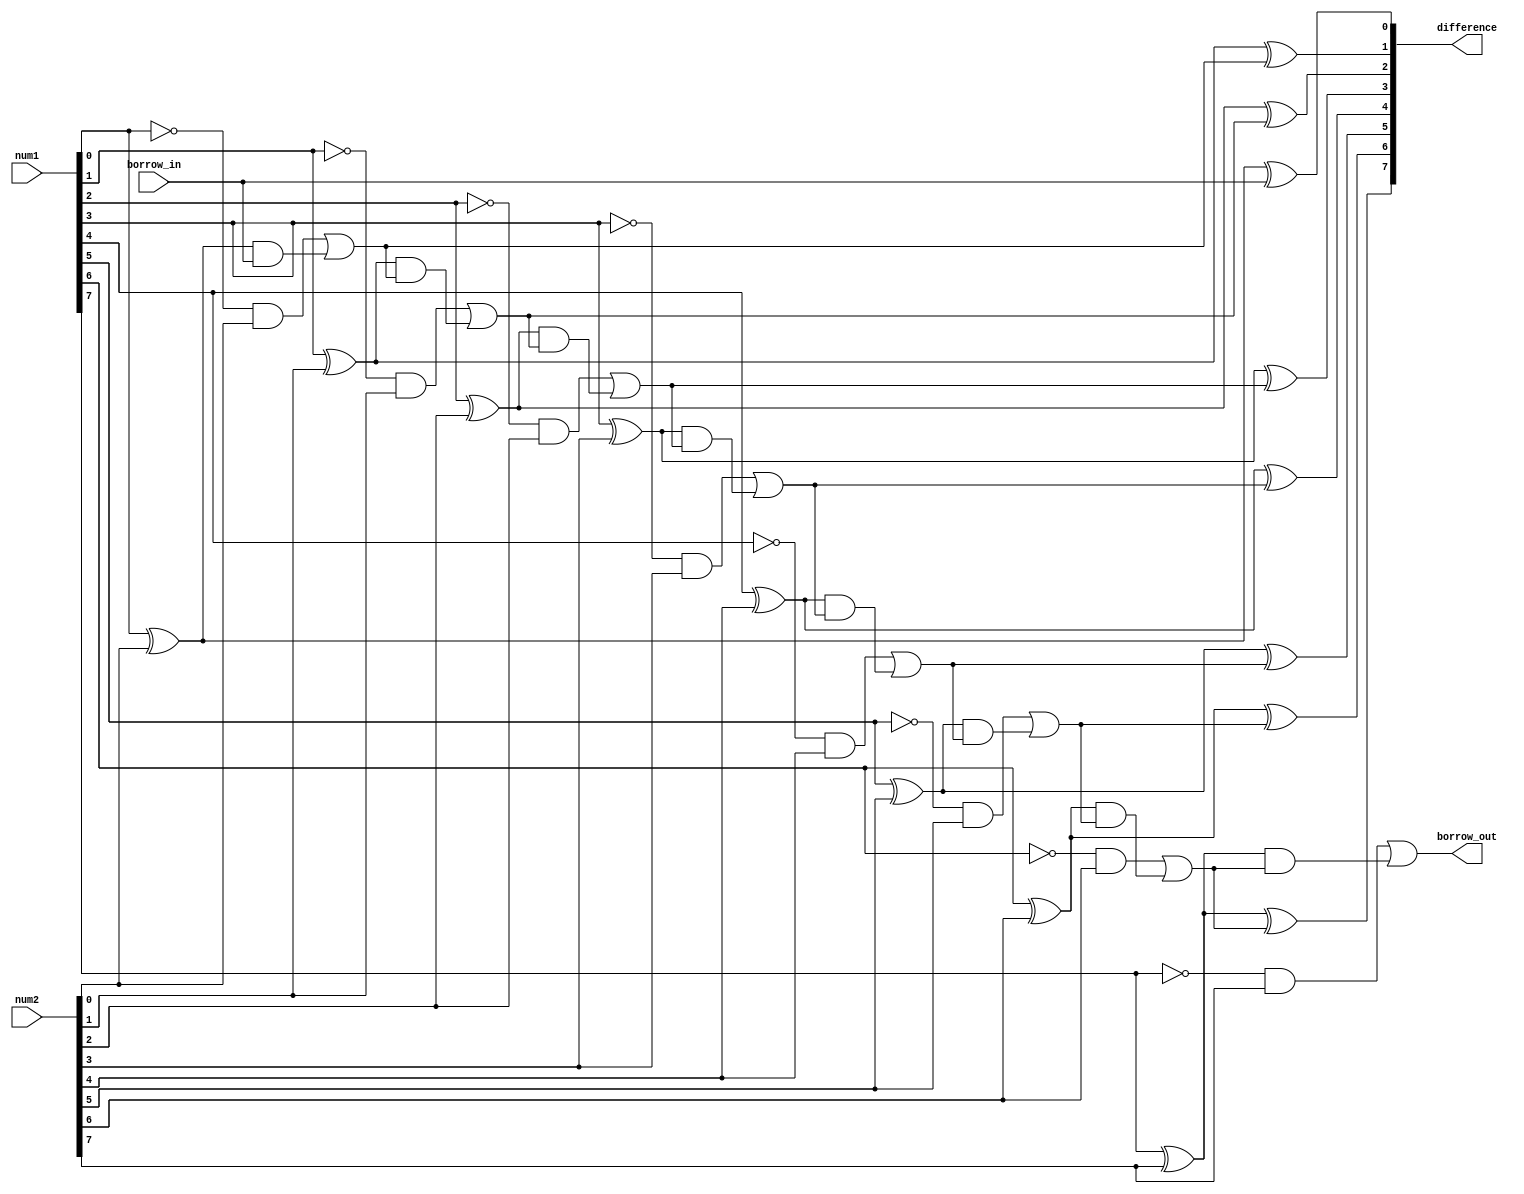
module ripple_carry_subtractor (
    input wire [7:0] num1,
    input wire [7:0] num2,
    input wire borrow_in,
    output wire [7:0] difference,
    output wire borrow_out
);

wire [7:0] diff_temp;
wire [7:0] borrow_temp;

assign diff_temp[0] = num1[0] ^ num2[0] ^ borrow_in;
assign borrow_temp[0] = (~num1[0] & num2[0]) | ((num1[0] ^ num2[0]) & borrow_in);

genvar i;
generate
for (i = 1; i < 8; i = i + 1) begin: loop
    assign diff_temp[i] = num1[i] ^ num2[i] ^ borrow_temp[i-1];
    assign borrow_temp[i] = (~num1[i] & num2[i]) | ((num1[i] ^ num2[i]) & borrow_temp[i-1]);
end
endgenerate

assign difference = diff_temp;
assign borrow_out = borrow_temp[7];

endmodule